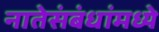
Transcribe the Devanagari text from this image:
नातेसंबंधांमध्ये